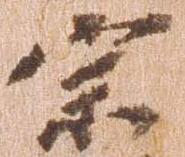
宗